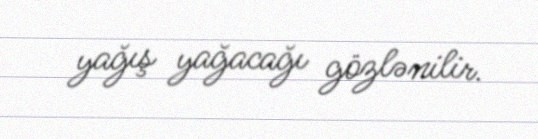
yağış yağacağı gözlənilir.